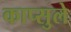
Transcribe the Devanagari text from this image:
काप्सुले